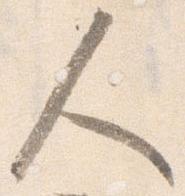
人